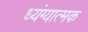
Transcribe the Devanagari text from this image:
ध्यंग्यात्मक